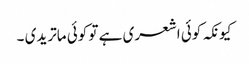
کیونکہ کوئی اشعری ہے تو کوئی ماتریدی ۔